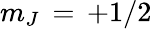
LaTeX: m_{J}\, =\, +1/2